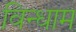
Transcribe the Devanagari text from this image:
विन्धाम